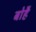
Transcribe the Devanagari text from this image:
बोहै